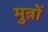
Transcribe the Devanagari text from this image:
मुन्नों